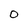
Character: O